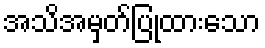
အသိအမှတ်ပြုထားသော